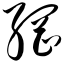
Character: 网